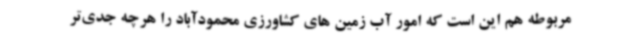
مربوطه هم این است که امور آب زمین های کشاورزی محمودآباد را هرچه جدی‌تر